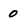
Character: 0